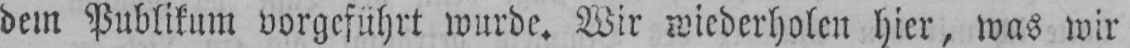
dem Publikum vorgeführt wurde. Wir wiederholen hier, was wir